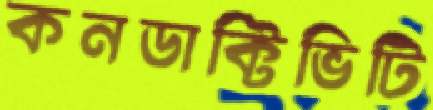
কনডাক্টিভিটি